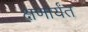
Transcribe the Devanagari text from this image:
क्षणार्यंत